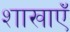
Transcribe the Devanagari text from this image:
शाखाऍं